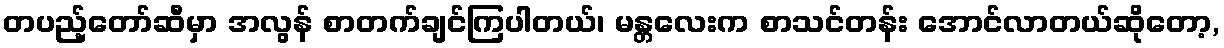
တပည့်တော်ဆီမှာ အလွန် စာတက်ချင်ကြပါတယ်၊ မန္တလေးက စာသင်တန်း အောင်လာတယ်ဆိုတော့,